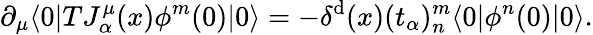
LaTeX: \partial_{\mu}\langle0|TJ_{\alpha}^{\mu}(x)\phi^{m}(0)|0\rangle=-\delta^{\mathrm{d}}(x)(t_{\alpha})_{n}^{m}\langle0|\phi^{n}(0)|0\rangle.